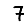
Digit: 7